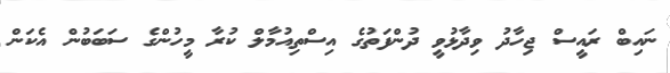
ނައިބް ރައީސް ޖިހާދު ވިދާޅުވީ ދުންފަތުގެ އިސްތިއުމާލް ކުރާ މީހުންގެ ސަބަބުން އެކަން